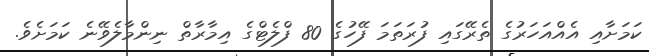
ކަމަށާއި އެއްއަހަރުގެ ތެރޭގައި ފުރަތަމަ ފޭހުގެ 80 ފްލެޓްގެ އިމާރާތް ނިންމާލެވޭނެ ކަމަށެވެ.